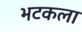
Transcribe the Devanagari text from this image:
भटकला